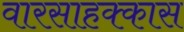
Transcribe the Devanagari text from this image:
वारसाहक्कास